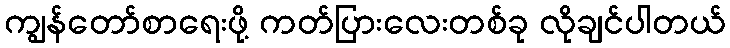
ကျွန်တော်စာရေးဖို့ ကတ်ပြားလေးတစ်ခု လိုချင်ပါတယ်